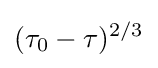
(\tau _{0}-\tau )^{2/3}